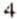
4